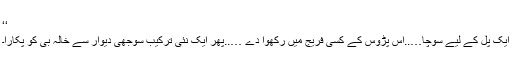
‘‘
ایک پل کے لیے سوچا…..آس پڑوس کے کسی فریج میں رکھوا دے …..پھر ایک نئی ترکیب سوجھی دیوار سے خالہ بی کو پکارا۔